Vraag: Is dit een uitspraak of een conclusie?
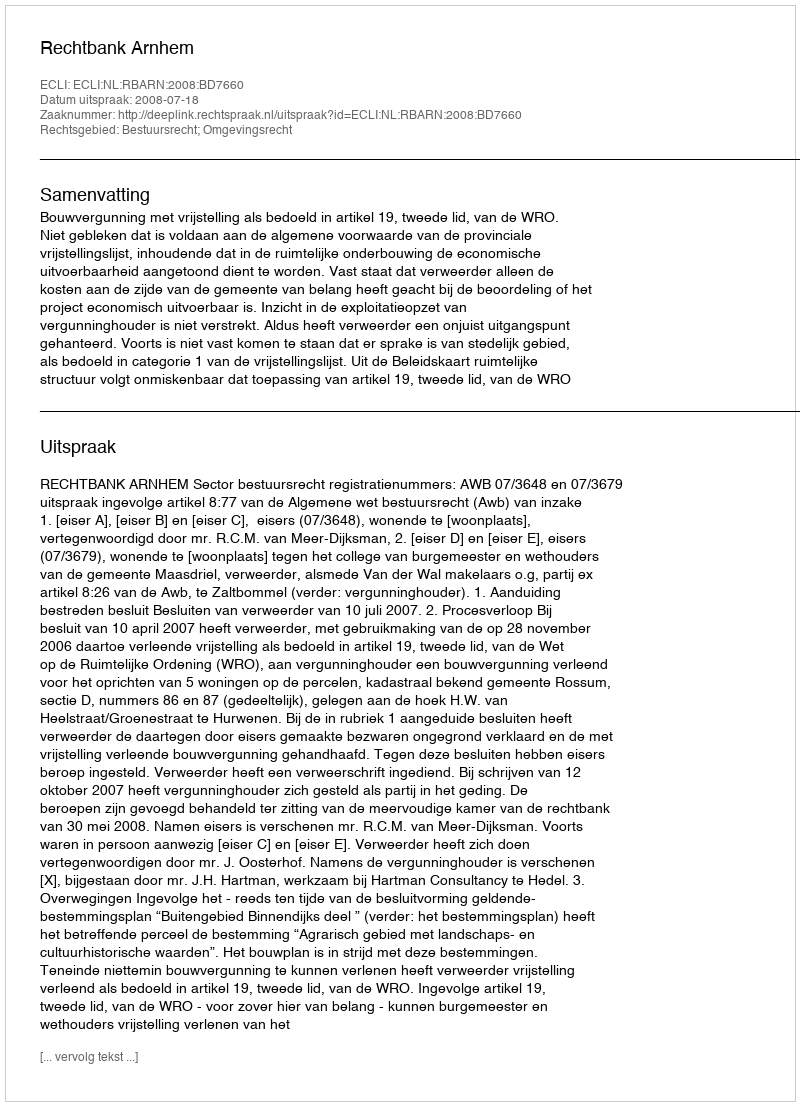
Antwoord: Uitspraak